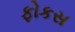
ફોકસ